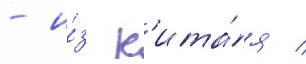
- и́з к'ита́я /